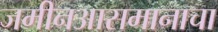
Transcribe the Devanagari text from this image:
जमीनआसमानाचा